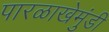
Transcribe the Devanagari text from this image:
पारळाखेमुंडी